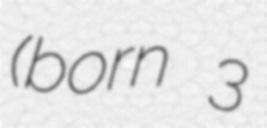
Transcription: (born 3